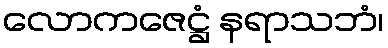
လောကဇေဋ္ဌံ နရာသဘံ၊